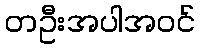
တဦးအပါအဝင်